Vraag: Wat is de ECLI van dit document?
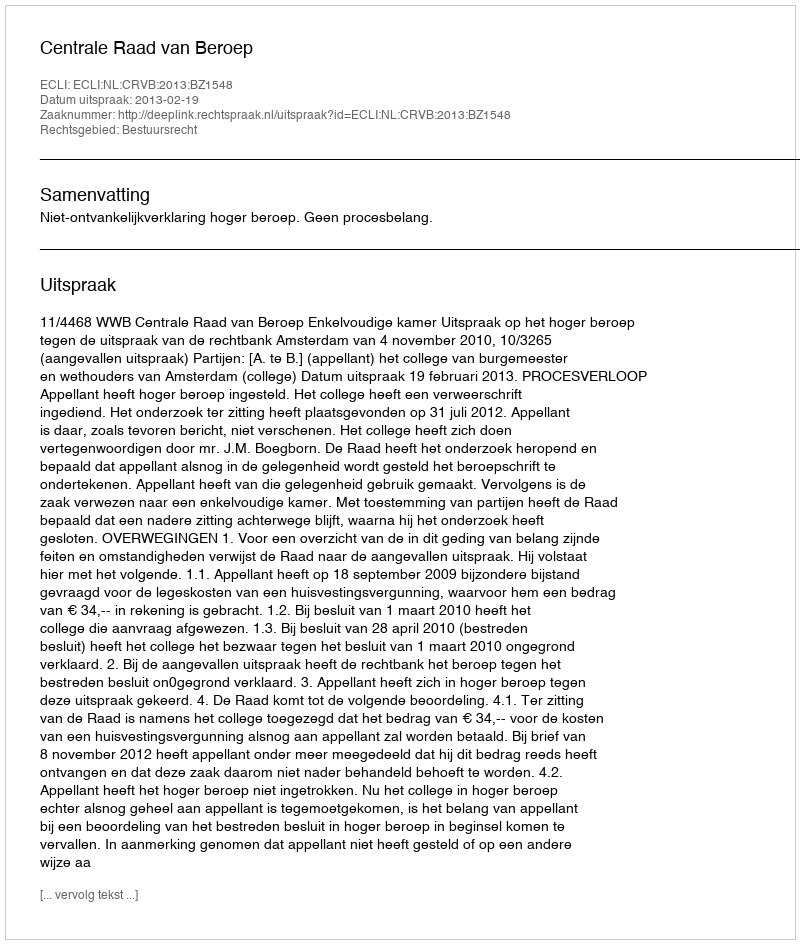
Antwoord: ECLI:NL:CRVB:2013:BZ1548